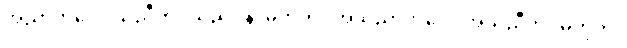
အညာဘဝေါ၊ သညီဘဝသည်။ န၊ မဟုတ်။ အသညာဘဝေါ၊ အသညီဘဝမဟုတ်။